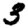
Digit: 3